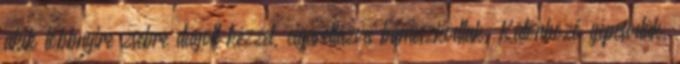
akik többnyire zsebre dugott kézzel, cigarettázva bámészkodtak. Különböző gépcsodák,